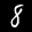
Label: 8